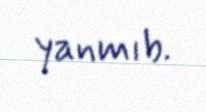
yanmıb.